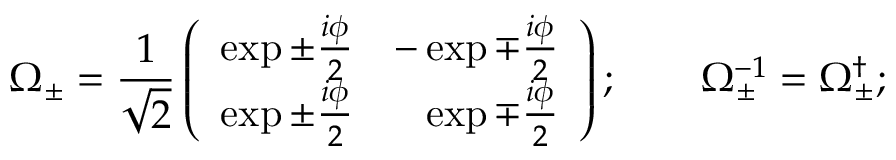
\Omega _ { \pm } = \frac 1 { \sqrt { 2 } } \left( \begin{array} { c c } { { \exp \pm \frac { i \phi } 2 } } & { { - \exp \mp \frac { i \phi } 2 } } \\ { { \exp \pm \frac { i \phi } 2 } } & { { \hphantom { - } \exp \mp \frac { i \phi } 2 } } \end{array} \right) ; \qquad \Omega _ { \pm } ^ { - 1 } = \Omega _ { \pm } ^ { \dagger } ;